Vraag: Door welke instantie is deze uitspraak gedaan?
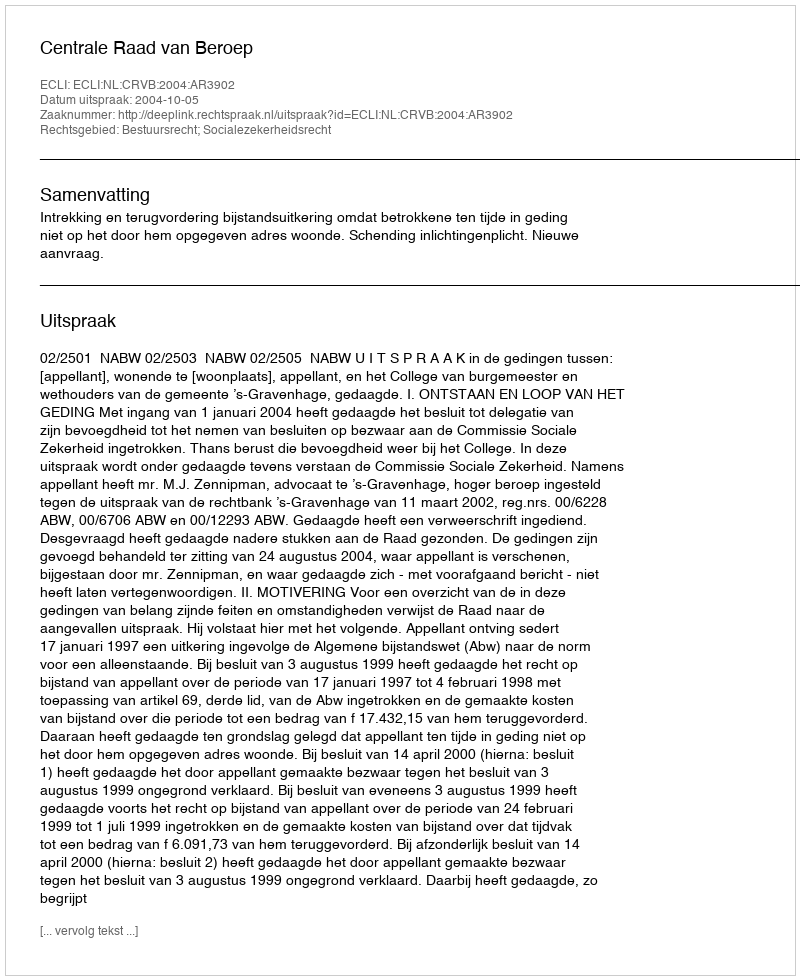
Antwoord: Centrale Raad van Beroep